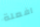
افعلة